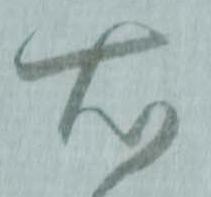
右